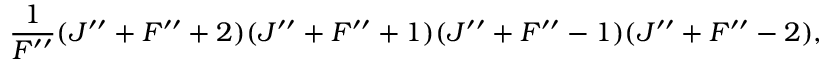
\frac { 1 } { F ^ { \prime \prime } } ( J ^ { \prime \prime } + F ^ { \prime \prime } + 2 ) ( J ^ { \prime \prime } + F ^ { \prime \prime } + 1 ) ( J ^ { \prime \prime } + F ^ { \prime \prime } - 1 ) ( J ^ { \prime \prime } + F ^ { \prime \prime } - 2 ) ,